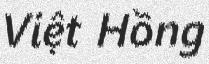
Việt Hồng